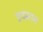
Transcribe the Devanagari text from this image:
हवमान